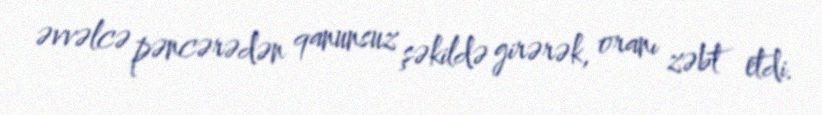
əvvəlcə pəncərədən qanunsuz şəkildə girərək, oranı zəbt etdi.